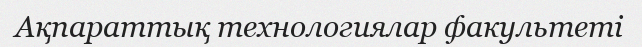
Ақпараттық технологиялар факультеті